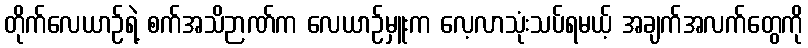
တိုက်လေယာဉ်ရဲ့ စက်အသိဉာဏ်က လေယာဉ်မှူးက လေ့လာသုံးသပ်ရမယ့် အချက်အလက်တွေကို